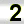
Digit: 2